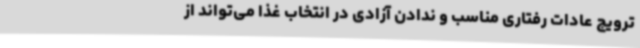
ترویج عادات رفتاری مناسب و ندادن آزادی در انتخاب غذا می‌تواند از